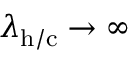
\lambda _ { \mathrm { h / c } } \rightarrow \infty